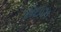
રાઇઝ